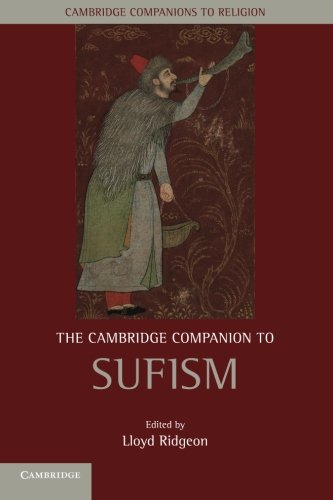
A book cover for The Cambridge Companion to Sufism (Cambridge Companions to Religion); Religion & Spirituality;